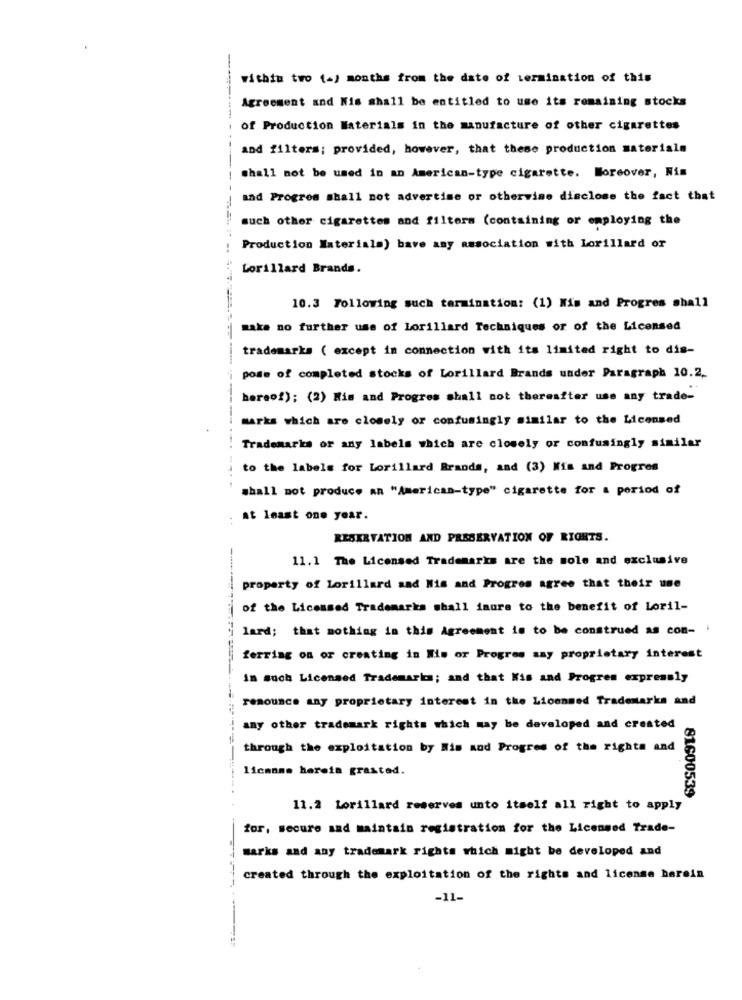
within two (-) months from the date of termination of this
Agreement and Nis shall be entitled to use its remaining stocks
of Production Materials in the manufacture of other cigarettes
and filters; provided, however, that these production materials
shall not be used in an American-type cigarette. Moreover, Nis
and Progres shall not advertise or otherwise disclose the fact that
such other cigarettes and filters (containing or employing the
Production Materiala) have any association with Lorillard or
Lorillard Brands.
10.3 Following such termination: (1) Mis and Progres shall
make no further use of Lorillard Techniques or of the Licensed
trademarks ( except in connection with its limited right to dis-
pode of completed stocks of Lorillard Brands under Paragraph 10.2.
hereof); (2) His and Progres shall not thereafter use any trade-
marks which are closely or confusingly similar to the Licensed
Trademarks or any labels which are closely or confusingly similar
to the labels for Lorillard Brands, and (3) Mis and Progres
shall not produce an "American-type" cigarette for a period of
at least one year.
RESERVATION AND PRESERVATION OF RIGHTS.
11.1 The Licensed Trademarks are the mole and exclusive
property of lorillard sad Mis and Progres agree that their use
of the Licensed Trademarks shall inure to the benefit of Loril-
lard; that nothing in this Agreement is to be construed as con- i
ferring on or creating in Wie or Progres say proprietary interest
In such Licensed Trademarks; and that Kis and Progres expressly
renounce any proprietary interest in the Licensed Trademarks and
any other trademark rights which may be developed and created
through the exploitation by Wis and Progres of the rights and
licanme herein grasted.
81600539
11.2 Lorillard reserves unto itself all right to apply
for, secure and maintain registration for the Licensed Trade-
marks and any trademark rights which might be developed and
created through the exploitation of the rights and license herein
-11-